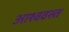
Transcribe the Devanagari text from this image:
आश्ववस्त